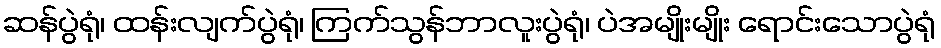
ဆန်ပွဲရုံ၊ ထန်းလျက်ပွဲရုံ၊ ကြက်သွန်ဘာလူးပွဲရုံ၊ ပဲအမျိုးမျိုး ရောင်းသောပွဲရုံ